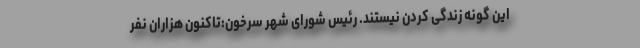
این گونه زندگی کردن نیستند. رئیس شورای شهر سرخون:تاکنون هزاران نفر